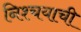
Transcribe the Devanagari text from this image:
निश्चयाची